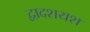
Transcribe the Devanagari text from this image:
द्वादशयश